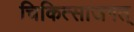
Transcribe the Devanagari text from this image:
चिकित्साजगत्